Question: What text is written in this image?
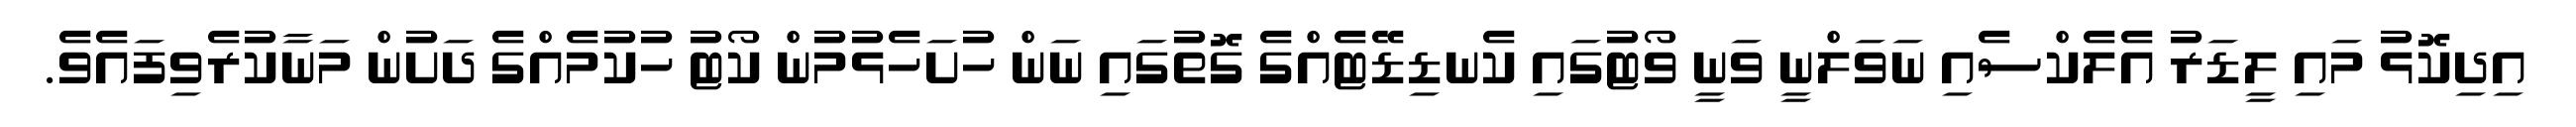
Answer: އިދިކޮޅު މައި ލީޑަރު އެލެކްސެއި ނަވަލްނީ ވަނީ ވޯޓުގައި ކެނޑިޑޭޓެއްގެ ގޮތުގައި ނަން ހުށަހެޅުމުން ކޯޓު ހުކުމެއްގެ ދަށުން މަނާކުރެވިފައެވެ.